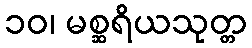
၁၀၊ မစ္ဆရိယသုတ္တ